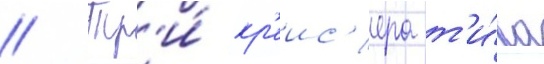
// Тр'и́ кр'еис'ера т'и́па